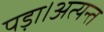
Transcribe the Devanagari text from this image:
पड़ा।अत्यन्त